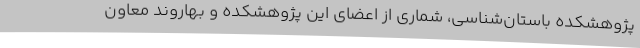
پژوهشکده باستان‌شناسی، شماری از اعضای این پژوهشکده و بهاروند معاون